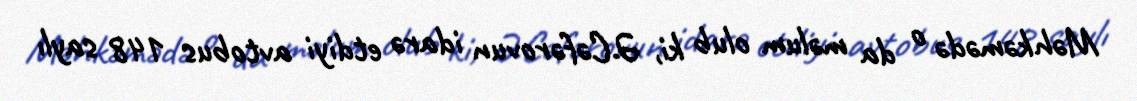
Məhkəmədə o da məlum olub ki, Ə.Cəfərovun idarə etdiyi avtobus 148 saylı